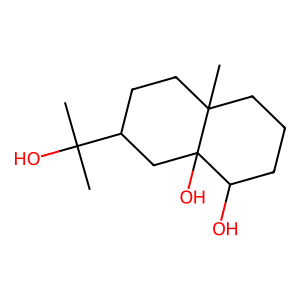
SMILES: CC(C)(O)C1CCC2(C)CCCC(O)C2(O)C1
Inhibits HIV replication: No